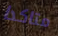
متاكدا